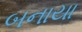
બનાયા